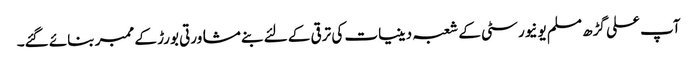
آپ علی گڑھ مسلم یونیورسٹی کے شعبہ دینیات کی ترقی کے لئے بنے مشاورتی بورڑ کے ممبر بنائے گئے۔